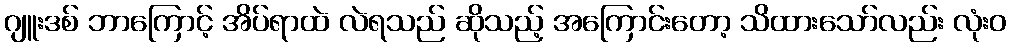
ဂျူးဒစ် ဘာကြောင့် အိပ်ရာထဲ လဲရသည် ဆိုသည့် အကြောင်းတော့ သိထားသော်လည်း လုံးဝ